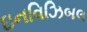
ઇનવિઝિબલ